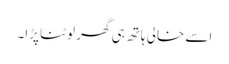
اسے خالی ہاتھ ہی گھر لوٹنا پڑا۔